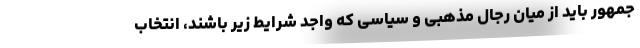
‌جمهور باید از میان رجال مذهبی و سیاسی که واجد شرایط زیر باشند، انتخاب